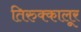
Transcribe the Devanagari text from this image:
तिरुक्कालूर